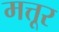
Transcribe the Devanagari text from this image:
मत्तूर